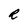
Character: R